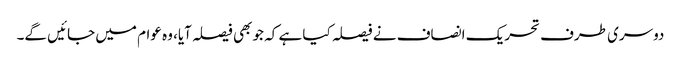
دوسری طرف تحریک انصاف نے فیصلہ کیا ہے کہ جو بھی فیصلہ آیا، وہ عوام میں جائیں گے۔